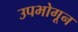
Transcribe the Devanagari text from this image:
उपभोगून